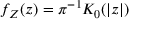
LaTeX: f _ { Z } ( z ) = \pi ^ { - 1 } K _ { 0 } ( | z | )